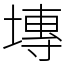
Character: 塼